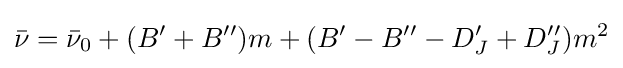
{\bar {\nu }}={\bar {\nu }}_{0}+(B^{\prime }+B^{\prime \prime })m+(B^{\prime }-B^{\prime \prime }-D_{J}^{\prime }+D_{J}^{\prime \prime })m^{2}